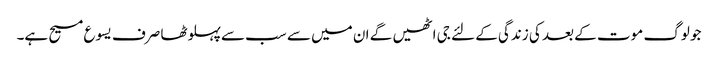
جو لوگ موت کے بعد کی زندگی کے لئے جی اٹھیں گے ان میں سے سب سےپہلوٹھا صرف یسوع مسیح ہے۔